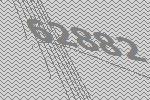
62882